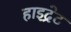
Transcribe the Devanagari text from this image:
हाइद्रेट